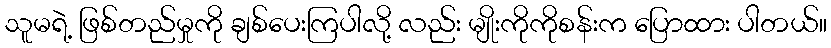
သူမရဲ့ ဖြစ်တည်မှုကို ချစ်ပေးကြပါလို့ လည်း မျိုးကိုကိုစန်းက ပြောထား ပါတယ်။